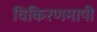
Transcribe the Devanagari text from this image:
विकिरणमापी